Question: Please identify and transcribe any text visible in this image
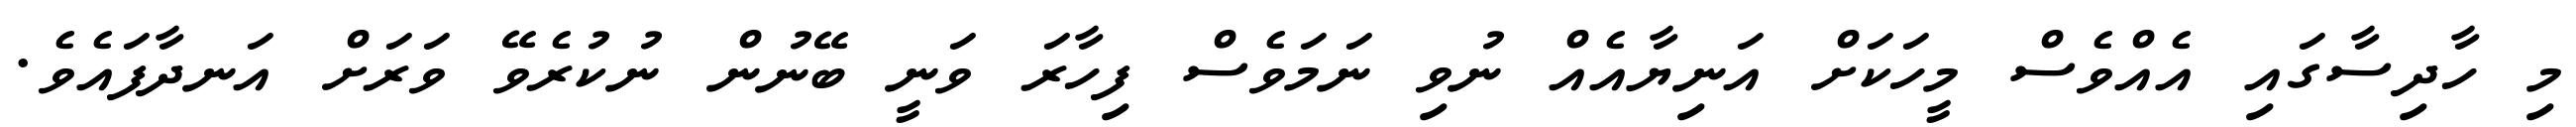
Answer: މި ހާދިސާގައި އެއްވެސް މީހަކަށް އަނިޔާއެއް ނުވި ނަމަވެސް ފިހާރަ ވަނީ ބޭނުން ނުކުރެވޭ ވަރަށް އަނދާފައެވެ.